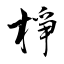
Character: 棦